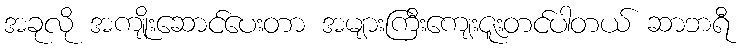
အခုလို အကျိုးဆောင်ပေးတာ အများကြီးကျေးဇူးတင်ပါတယ် ဆာဘရီ